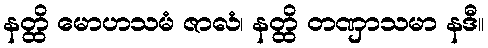
နတ္ထိ မောဟသမံ ဇာလံ၊ နတ္ထိ တဏှာသမာ နဒီ။